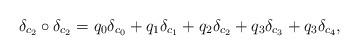
LaTeX: \begin{align*}&\delta_{c_2} \circ \delta_{c_2} = q_0 \delta_{c_0} + q_1\delta_{c_1} + q_2 \delta_{c_2} + q_3\delta_{c_3} + q_3\delta_{c_4},\end{align*}